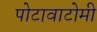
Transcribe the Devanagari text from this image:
पोटावाटोमी